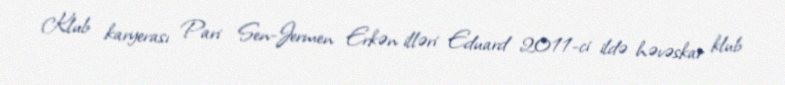
Klub karyerası Pari Sen-Jermen Erkən illəri Eduard 2011-ci ildə həvəskar klub